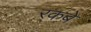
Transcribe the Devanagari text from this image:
रकबे़